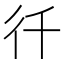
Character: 𭛜